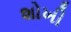
શોખી